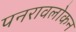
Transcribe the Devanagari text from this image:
पनरावलोकन